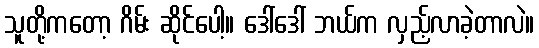
သူတို့ကတော့ ဂိမ်း ဆိုင်ပေါ့။ ဒေါ်ဒေါ် ဘယ်က လှည့်လာခဲ့တာလဲ။